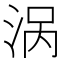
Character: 涡